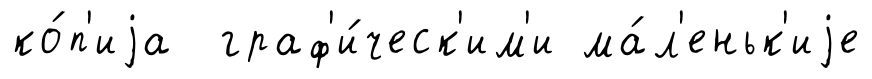
ко́п'иjа граф'и́ческ'им'и ма́л'еньк'иjе